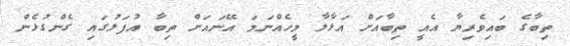
ތިބާގެ ބައިވެރިޔާ އެއީ ތިބާއަށް އަޅާލާ މީހެއްނަމަ އޭނައަށް ތިބާ އުފަލުގައި ގެންގުޅެން